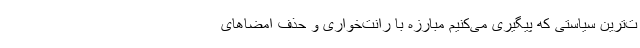
ت‌ترین سیاستی که پیگیری می‌کنیم مبارزه با رانت‌خواری و حذف امضاهای